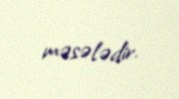
məsələdir.